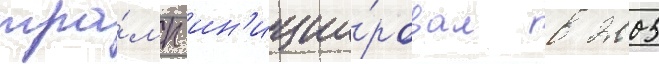
тра́мп ин'иции́ровал в 2005